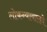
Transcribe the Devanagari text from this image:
लोकन्यायालये